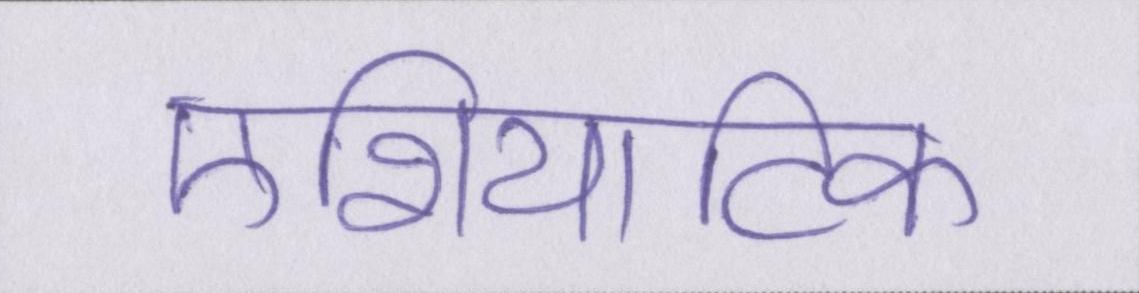
एशियाटिक